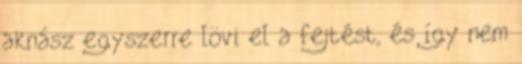
aknász egyszerre lövi el a fejtést, és így nem